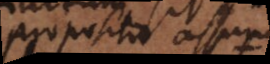
propositio assumta,